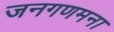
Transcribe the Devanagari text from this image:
जनगणमना